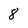
Character: 8